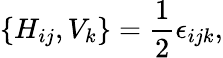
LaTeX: \{ H_{ij},V_{k}\} =\frac{1}{2}\epsilon_{ijk},